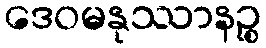
ဒေဝမနုဿာနဉ္စ